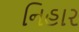
નિહાર